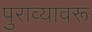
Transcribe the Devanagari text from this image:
पुराव्यांवरू